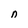
Character: n